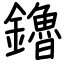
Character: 鑥